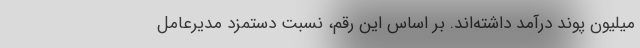
میلیون پوند درآمد داشته‌اند. بر اساس این رقم، نسبت دستمزد مدیرعامل